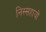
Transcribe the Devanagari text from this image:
निस्सहायों